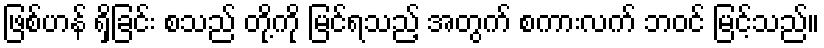
ဖြစ်ဟန် ရှိခြင်း စသည် တို့ကို မြင်ရသည့် အတွက် စကားလက် ဘဝင် မြင့်သည်။